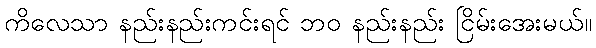
ကိလေသာ နည်းနည်းကင်းရင် ဘဝ နည်းနည်း ငြိမ်းအေးမယ်။